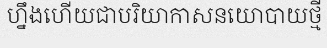
ហ្នឹងហើយជាបរិយាកាសនយោបាយថ្មី